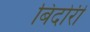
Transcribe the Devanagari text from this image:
बिंदोरी